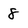
Character: 8